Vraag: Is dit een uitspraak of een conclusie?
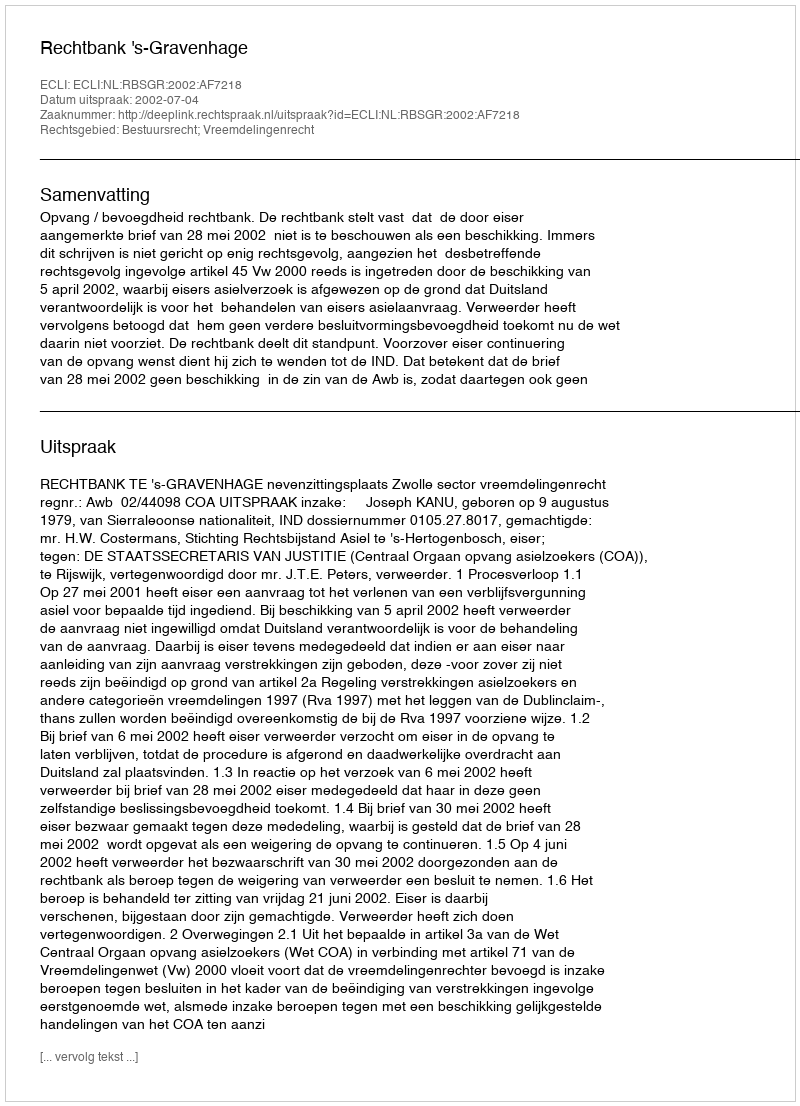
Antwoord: Uitspraak